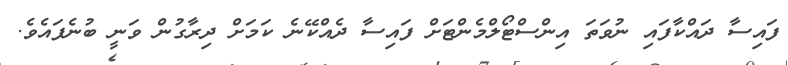
ފައިސާ ދައްކާފައި ނުވަތަ އިންސްޓޯލްމެންޓަށް ފައިސާ ދެއްކޭނެ ކަމަށް ދިރާގުން ވަނީ ބުނެފައެވެ.